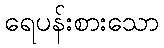
ရေပန်းစားသော